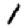
Digit: 1